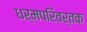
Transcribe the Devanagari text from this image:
धर्मपरिवर्तक